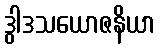
ဒွါဒသယောဇနိယာ